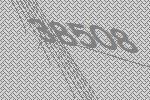
38508